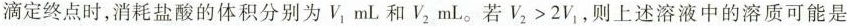
滴定终点时，消耗盐酸的体积分别为 V _ { 1} mL 和 V _ { 2 }mL。 若 $$V _ { 2 } > 2 V _ { 1 }$$，则上述溶液中的溶质可能是